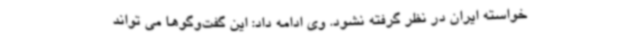
خواسته ایران در نظر گرفته نشود. وی ادامه داد: این گفت‌وگوها می تواند